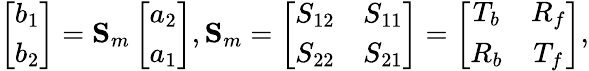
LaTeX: \left[\begin{array}{l}{b_{1}}\\ {b_{2}}\end{array}\right]=\mathbf{S}_{m}\left[\begin{array}{l}{a_{2}}\\ {a_{1}}\end{array}\right],\mathbf{S}_{m}=\left[\begin{array}{cc}{S_{12}}&{S_{11}}\\ {S_{22}}&{S_{21}}\end{array}\right]=\left[\begin{array}{cc}{T_{b}}&{R_{f}}\\ {R_{b}}&{T_{f}}\end{array}\right],